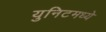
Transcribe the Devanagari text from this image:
युनिटमध्ये